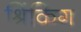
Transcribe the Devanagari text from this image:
श्रिंकिंग